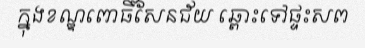
ក្នុងខណ្ឌពោធិ៍សែនជ័យ ឆ្ពោះទៅផ្ទះសព